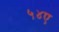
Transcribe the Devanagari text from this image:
५४ए